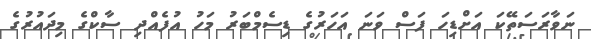
ނަވާރަސަތޭކަ އަށްޑިހަ ފަސް ވަނަ އަހަރުގެ ޑިސެމްބަރު މަހު އުފެއްދި ސާކްގެ މިދައުރުގެ